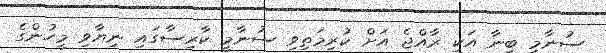
ސުނާމީ ބިނާ އަކީ ރާއްޖެ އަށް ކުރިމަތިވި ސުނާމީ ކާރިސާގައި ނިޔާވި މީހުންގެ